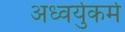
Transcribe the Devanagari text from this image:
अध्वर्युकर्म